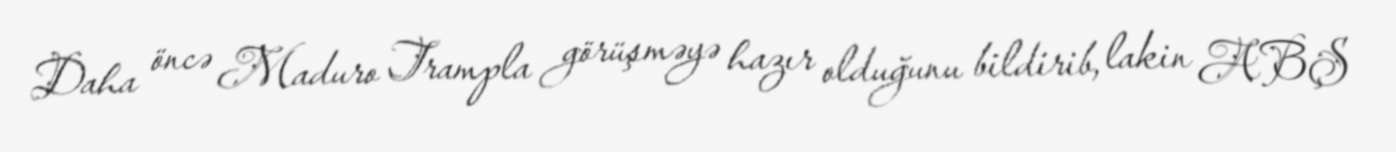
Daha öncə Maduro Trampla görüşməyə hazır olduğunu bildirib, lakin ABŞ